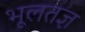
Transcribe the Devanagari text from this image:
भूलतज्ञ